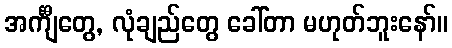
အင်္ကျီတွေ, လုံချည်တွေ ခေါ်တာ မဟုတ်ဘူးနော်။